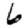
Digit: 6